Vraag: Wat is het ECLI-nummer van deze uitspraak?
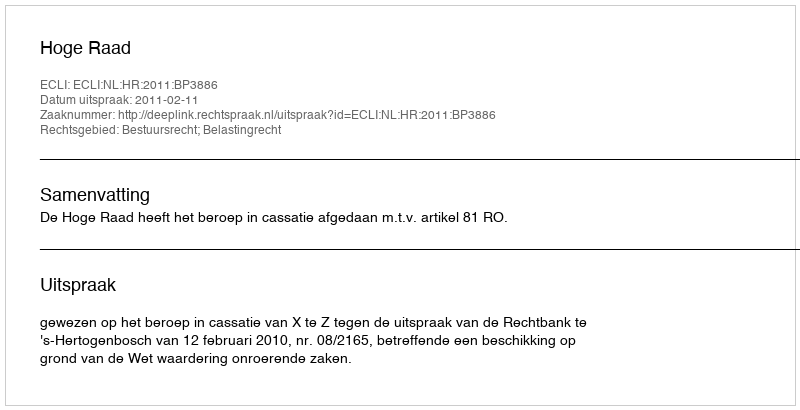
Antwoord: ECLI:NL:HR:2011:BP3886